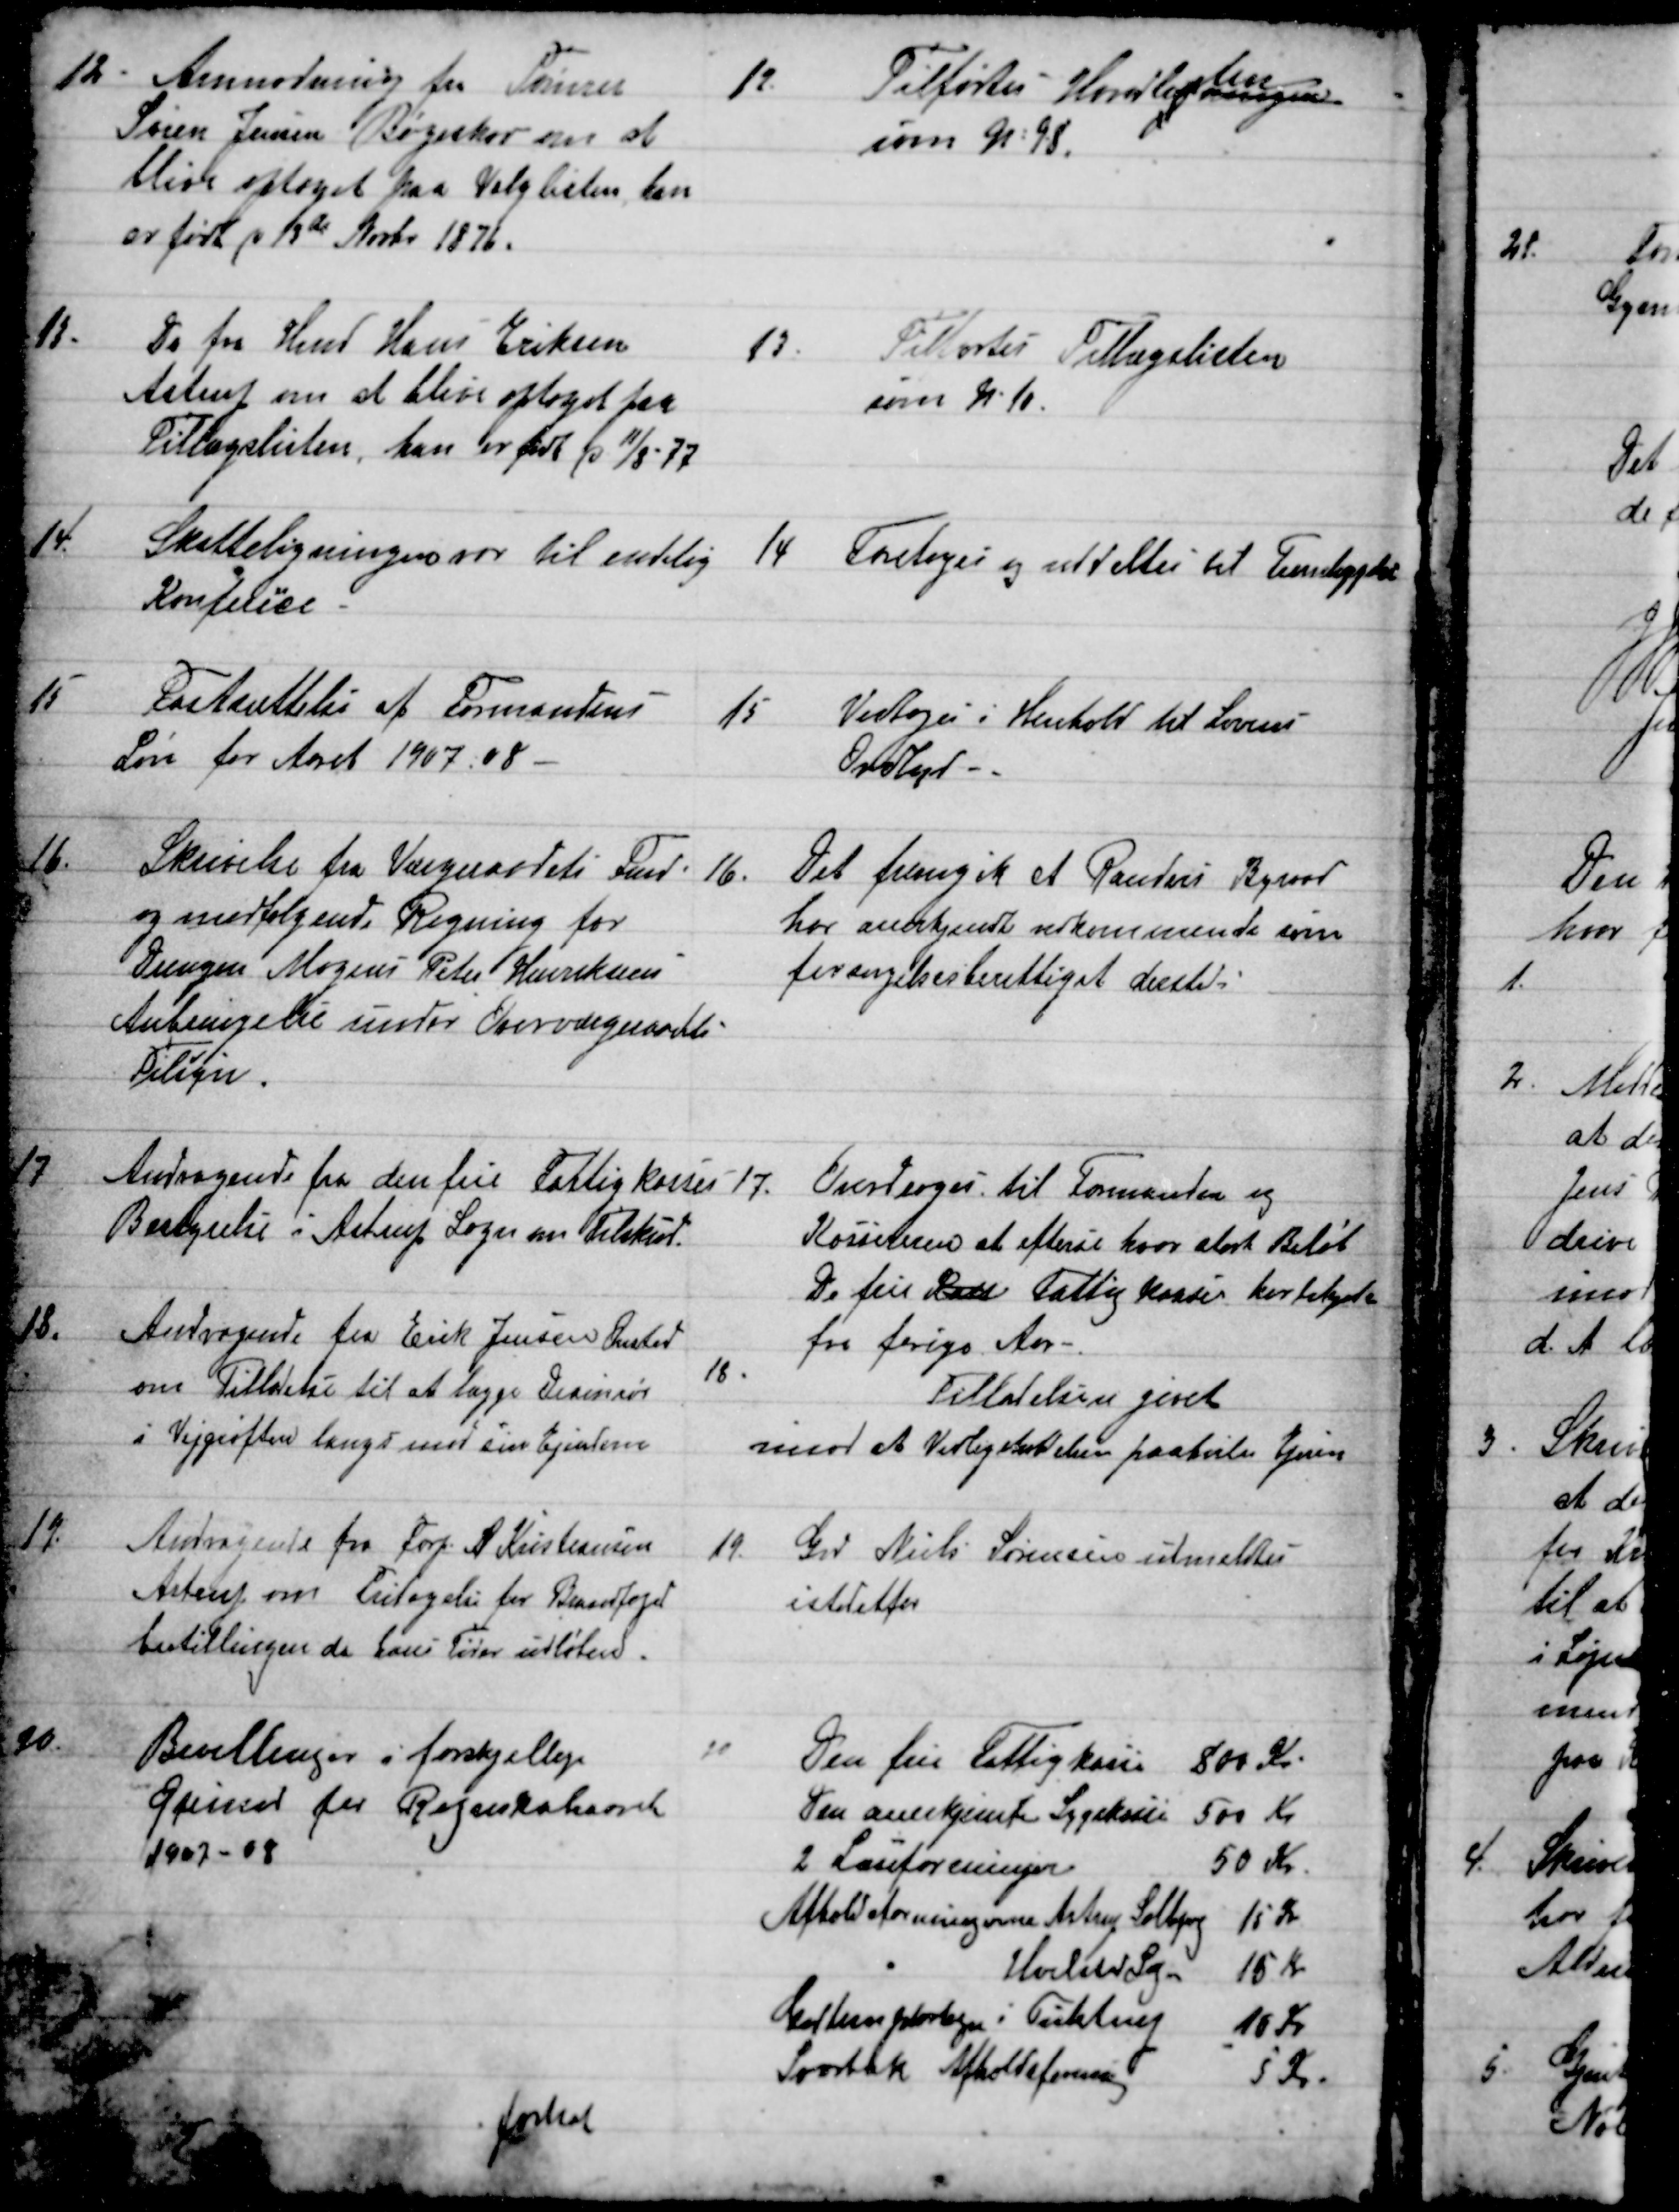
Transskription:
12. Anmodning fra Tømrer
Søren Jensen Bøgeskov om at
blive optaget paa Valglisten, han
er født p 13de Novbr 1876.
12.
Tilførtes Hovedli 
gningen
sten
som № 98.
13
Do fra Hmd Hans Eriksen
Astrup om at blive optaget paa
Tillægslisten, han er født p 11/8 - 77
13
Tilførtes Tillægslisten
som № 10.
14.
Skatteligningen var til endelig
Konferice.
14
Foretoges og uddeltes til Fremlæggelse
15
Fastsættelse af Formandens
Løn for Aaret 1907-08 
15
Vedtoges i Henhold til Lovens
Ordlyd
16
Skrivelse fra Værgeraadets Fmd
og medfølgende Regning for
Drengen Mogens Peter Henriksens
Anbringelse under Overværgeraadets
Tilsyn.
16
Det fremgik at Randers Byraad
har anerkjendt vedkommende som
forsøgelsesberettiget dersteds
17
Andragende fra den frie Fattigkasses
Bestyrelse i Astrup Sogn om Tilskud.
17.
Overdroges til Formanden og
Kassereren at efterse hvor stort Beløb
De frie Kasse Fattigkasser har tilgode
fra forige Aar
18.
Andragende fra Erik Jensen Onsted
om Tillaelse til at lægge Drainrør
i Vejgrøften langs med sin Ejendom
18
Tilladelsen givet
imod at Vedligeholdelsen paahviler Ejeren
19
Andragende fra Forp. A. Kristiansen
Astrup om Fritagelse for Brandfoged
bestillingen da hans Tid er udløben.
19
Grd Niels Sørensen udmeldtes
istedetfor
20
Bevillinger i forskjellige
Øjemed for Regnskabsaaret
1907-08
20
Den fri Fattigkasse
800 Kr.
Den anerkjente Sygekasse
500 Kr
2 Læseforeninger
50 Kr.
Afholdsforeningerne Astrup Solbjerg
15 Kr
Hvilsted Sogn
15 Kr
 i Tulstrup
10 Kr
Svorbæk Afholdsforening
5 Kr
fortsat